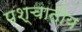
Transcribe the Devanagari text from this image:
पश्चातीय